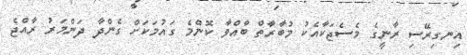
އިނގިރޭސި ރާނީގެ މެސެޖަކާއެކު މުބާރާތް ބާއްވާ ކޮންމެ ގައުމަކަށް ގެންދާ ދަންމަރު ރާއްޖެ